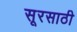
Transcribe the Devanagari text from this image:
सूरसाठी